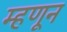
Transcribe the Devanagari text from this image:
म्हणून